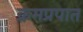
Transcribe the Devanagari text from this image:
क्रमप्रपात